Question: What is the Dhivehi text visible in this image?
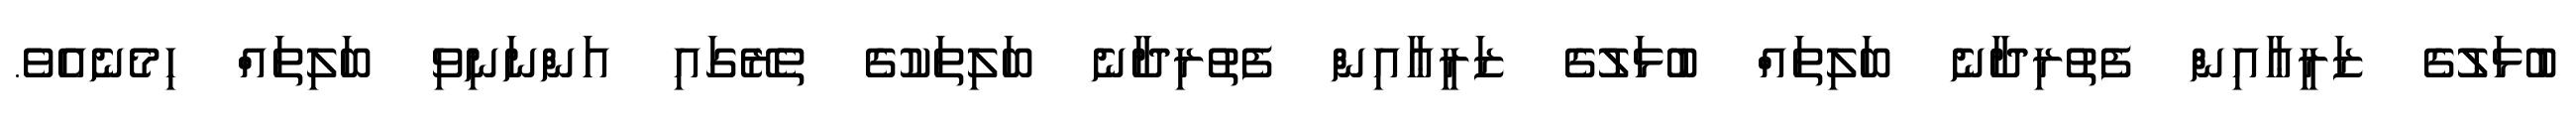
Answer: ބުޅަލުގެ ޒަރީޢާއިން ފެތުރިދާނެ ބަލިތައް ބުޅަލުގެ ޒަރީޢާއިން ފެތުރިދާނެ ބަލިތަކުގެ ތެރޭގައި އަންނަނިވި ބަލިތައް ހިމެނެއެވެ.